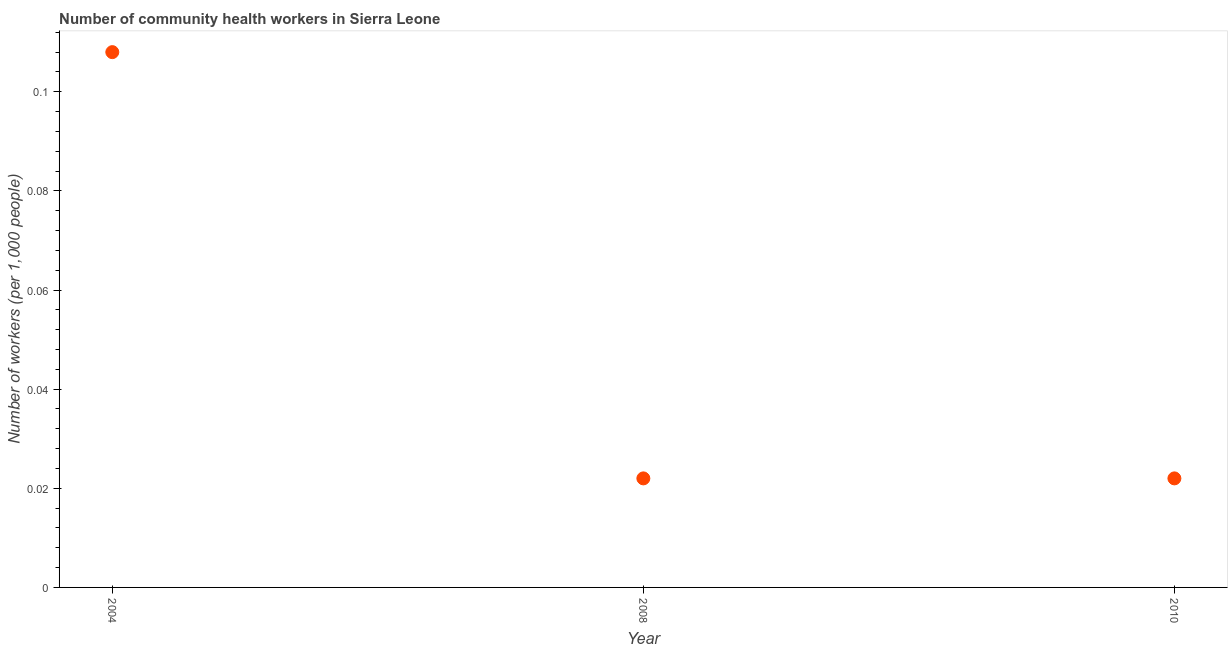
| Year | Community health workers |
 | --- | --- |
 | 2004 | 0.108 |
 | 2008 | 0.022 |
 | 2010 | 0.022 |